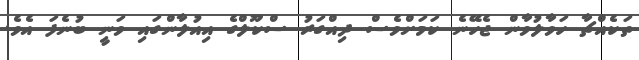
ތަކެއްޗާ ހަވާލުވާން ޖެހޭނެ ކަމަށްވެސް ދިއްގަރު ސްކޫލްގެ އިއުލާންގައި ވަނީ ބުނެފަ އެވެ.